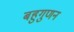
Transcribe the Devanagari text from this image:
बहुगुणन